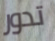
تدور